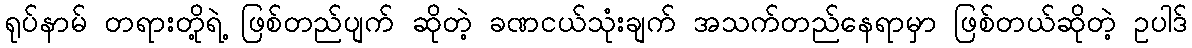
ရုပ်နာမ် တရားတို့ရဲ့ ဖြစ်တည်ပျက် ဆိုတဲ့ ခဏငယ်သုံးချက် အသက်တည်နေရာမှာ ဖြစ်တယ်ဆိုတဲ့ ဥပါဒ်